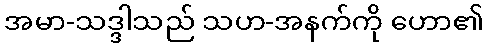
အမာ-သဒ္ဒါသည် သဟ-အနက်ကို ဟော၏